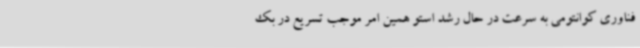
فناوری کوانتومی به سرعت در حال رشد استو همین امر موجب تسریع در بک